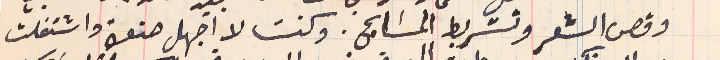
وقص الشعر وتشريط المسَابح. وكنت لا اجهل صنعة واشتغلت